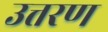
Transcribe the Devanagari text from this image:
उत्तरण